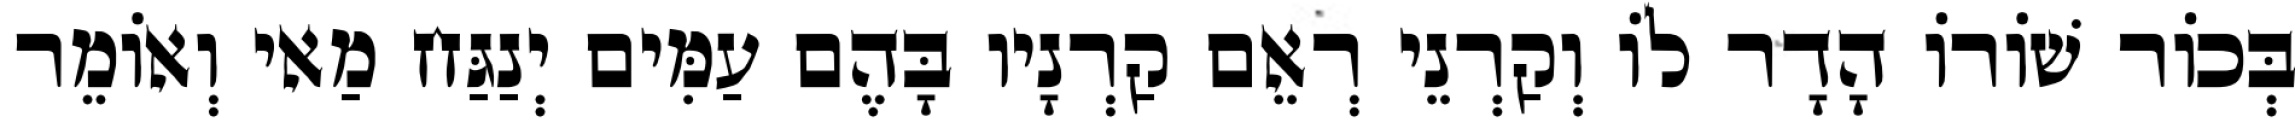
בְּכוֹר שׁוֹרוֹ הָדָר לוֹ וְקַרְנֵי רְאֵם קַרְנָיו בָּהֶם עַמִּים יְנַגַּח מַאי וְאוֹמֵר